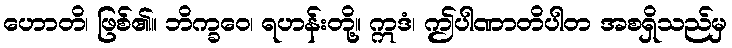
ဟောတိ၊ ဖြစ်၏။ ဘိက္ခဝေ၊ ရဟန်းတို့။ ဣဒံ၊ ဤပါဏာတိပါတ အစရှိသည်မှ